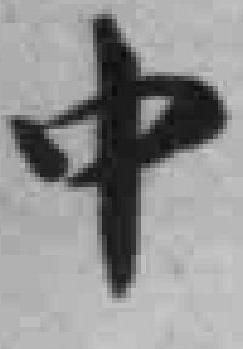
中